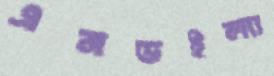
এনডইল্যা